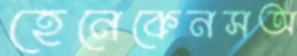
হেনেকেনসঅ